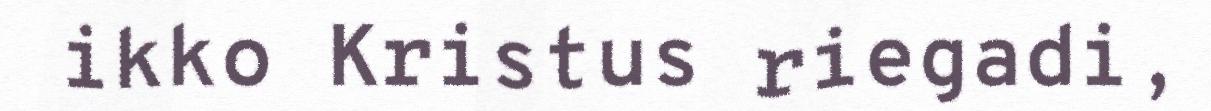
ikko Kristus riegadi,